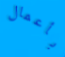
بأعمال